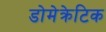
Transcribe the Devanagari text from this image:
डोमेक्रेटिक